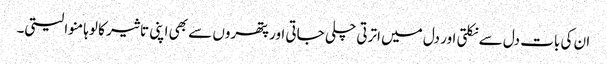
ان کی بات دل سے نکلتی اور دل میں اترتی چلی جاتی اور پتھروں سے بھی اپنی تاثیر کا لوہا منوا لیتی۔